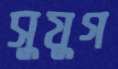
সুযুগ